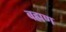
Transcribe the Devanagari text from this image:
बह्मण